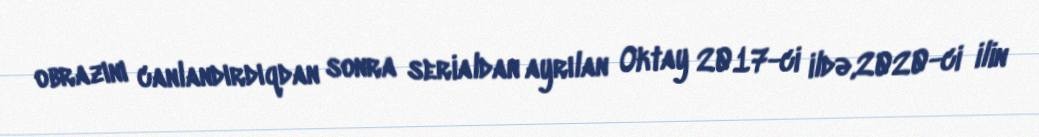
obrazını canlandırdıqdan sonra serialdan ayrılan Oktay 2017-ci ildə,2020-ci ilin